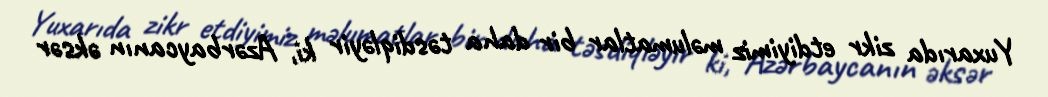
Yuxarıda zikr etdiyimiz məlumatlar bir daha təsdiqləyir ki, Azərbaycanın əksər